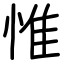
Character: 惟